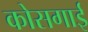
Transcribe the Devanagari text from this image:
कोसगाई